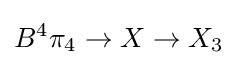
B^{4}\pi _{4}\to X\to X_{3}